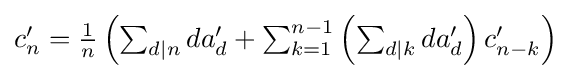
{\textstyle c_{n}'={\frac {1}{n}}\left(\sum _{d|n}da_{d}'+\sum _{k=1}^{n-1}\left(\sum _{d|k}da_{d}'\right)c_{n-k}'\right)}